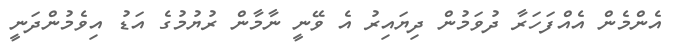
އެންމެން އެއްފަހަރާ ދުވަމުން ދިޔައިރު އެ ވޭނީ ނާމާން ރުޔުމުގެ އަޑު އިވެމުންދަނީ